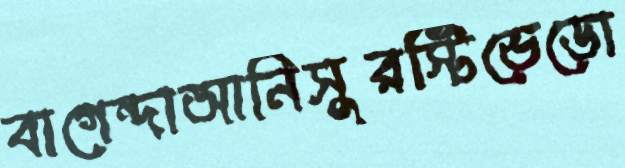
বাগেন্দাআনিসুরস্টিভেডো